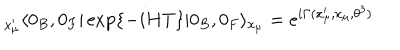
LaTeX: { } _ { x _ { \mu } ^ { \prime } } \langle 0 _ { B } , 0 _ { F } | \exp \{ - i H T \} | 0 _ { B } , 0 _ { F } \rangle _ { x _ { \mu } } = e ^ { i \Gamma ( x _ { \mu } ^ { \prime } , x _ { \mu } , \theta ^ { 3 } ) }